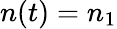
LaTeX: n(t)=n_{1}